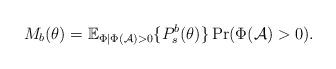
LaTeX: \begin{align*} M_b(\theta)=\mathbb{E}_{\Phi|\Phi(\mathcal{A})>0}\{P_s^b(\theta)\}\Pr(\Phi(\mathcal{A})>0).\end{align*}